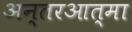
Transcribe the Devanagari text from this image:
अन्तरआत्मा